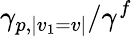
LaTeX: \gamma_{p,|v_{1}=v|}/\gamma^{f}